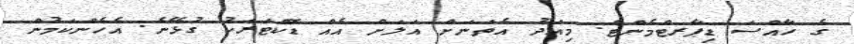
ގެ ހާއްސަ ޑިޕާރޓްމެންޓް. މިއަދު އެތަނަށް އަލަށް އެއް ޑޮކްޓަރަކު ގުޅޭނެ. އެހެންކަމުން